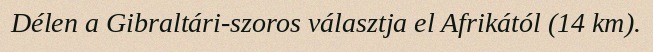
Délen a Gibraltári-szoros választja el Afrikától (14 km).